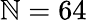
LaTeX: \mathbb{N}=64